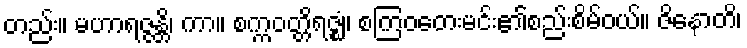
တည်း။ မဟာရဇ္ဇန္တိ၊ ကာ။ စက္ကဝတ္တိရဇ္ဈံ၊ စကြဝတေးမင်း၏စည်းစိမ်ဝယ်။ ဇိနောတိ၊